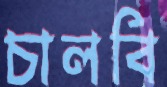
চালবি